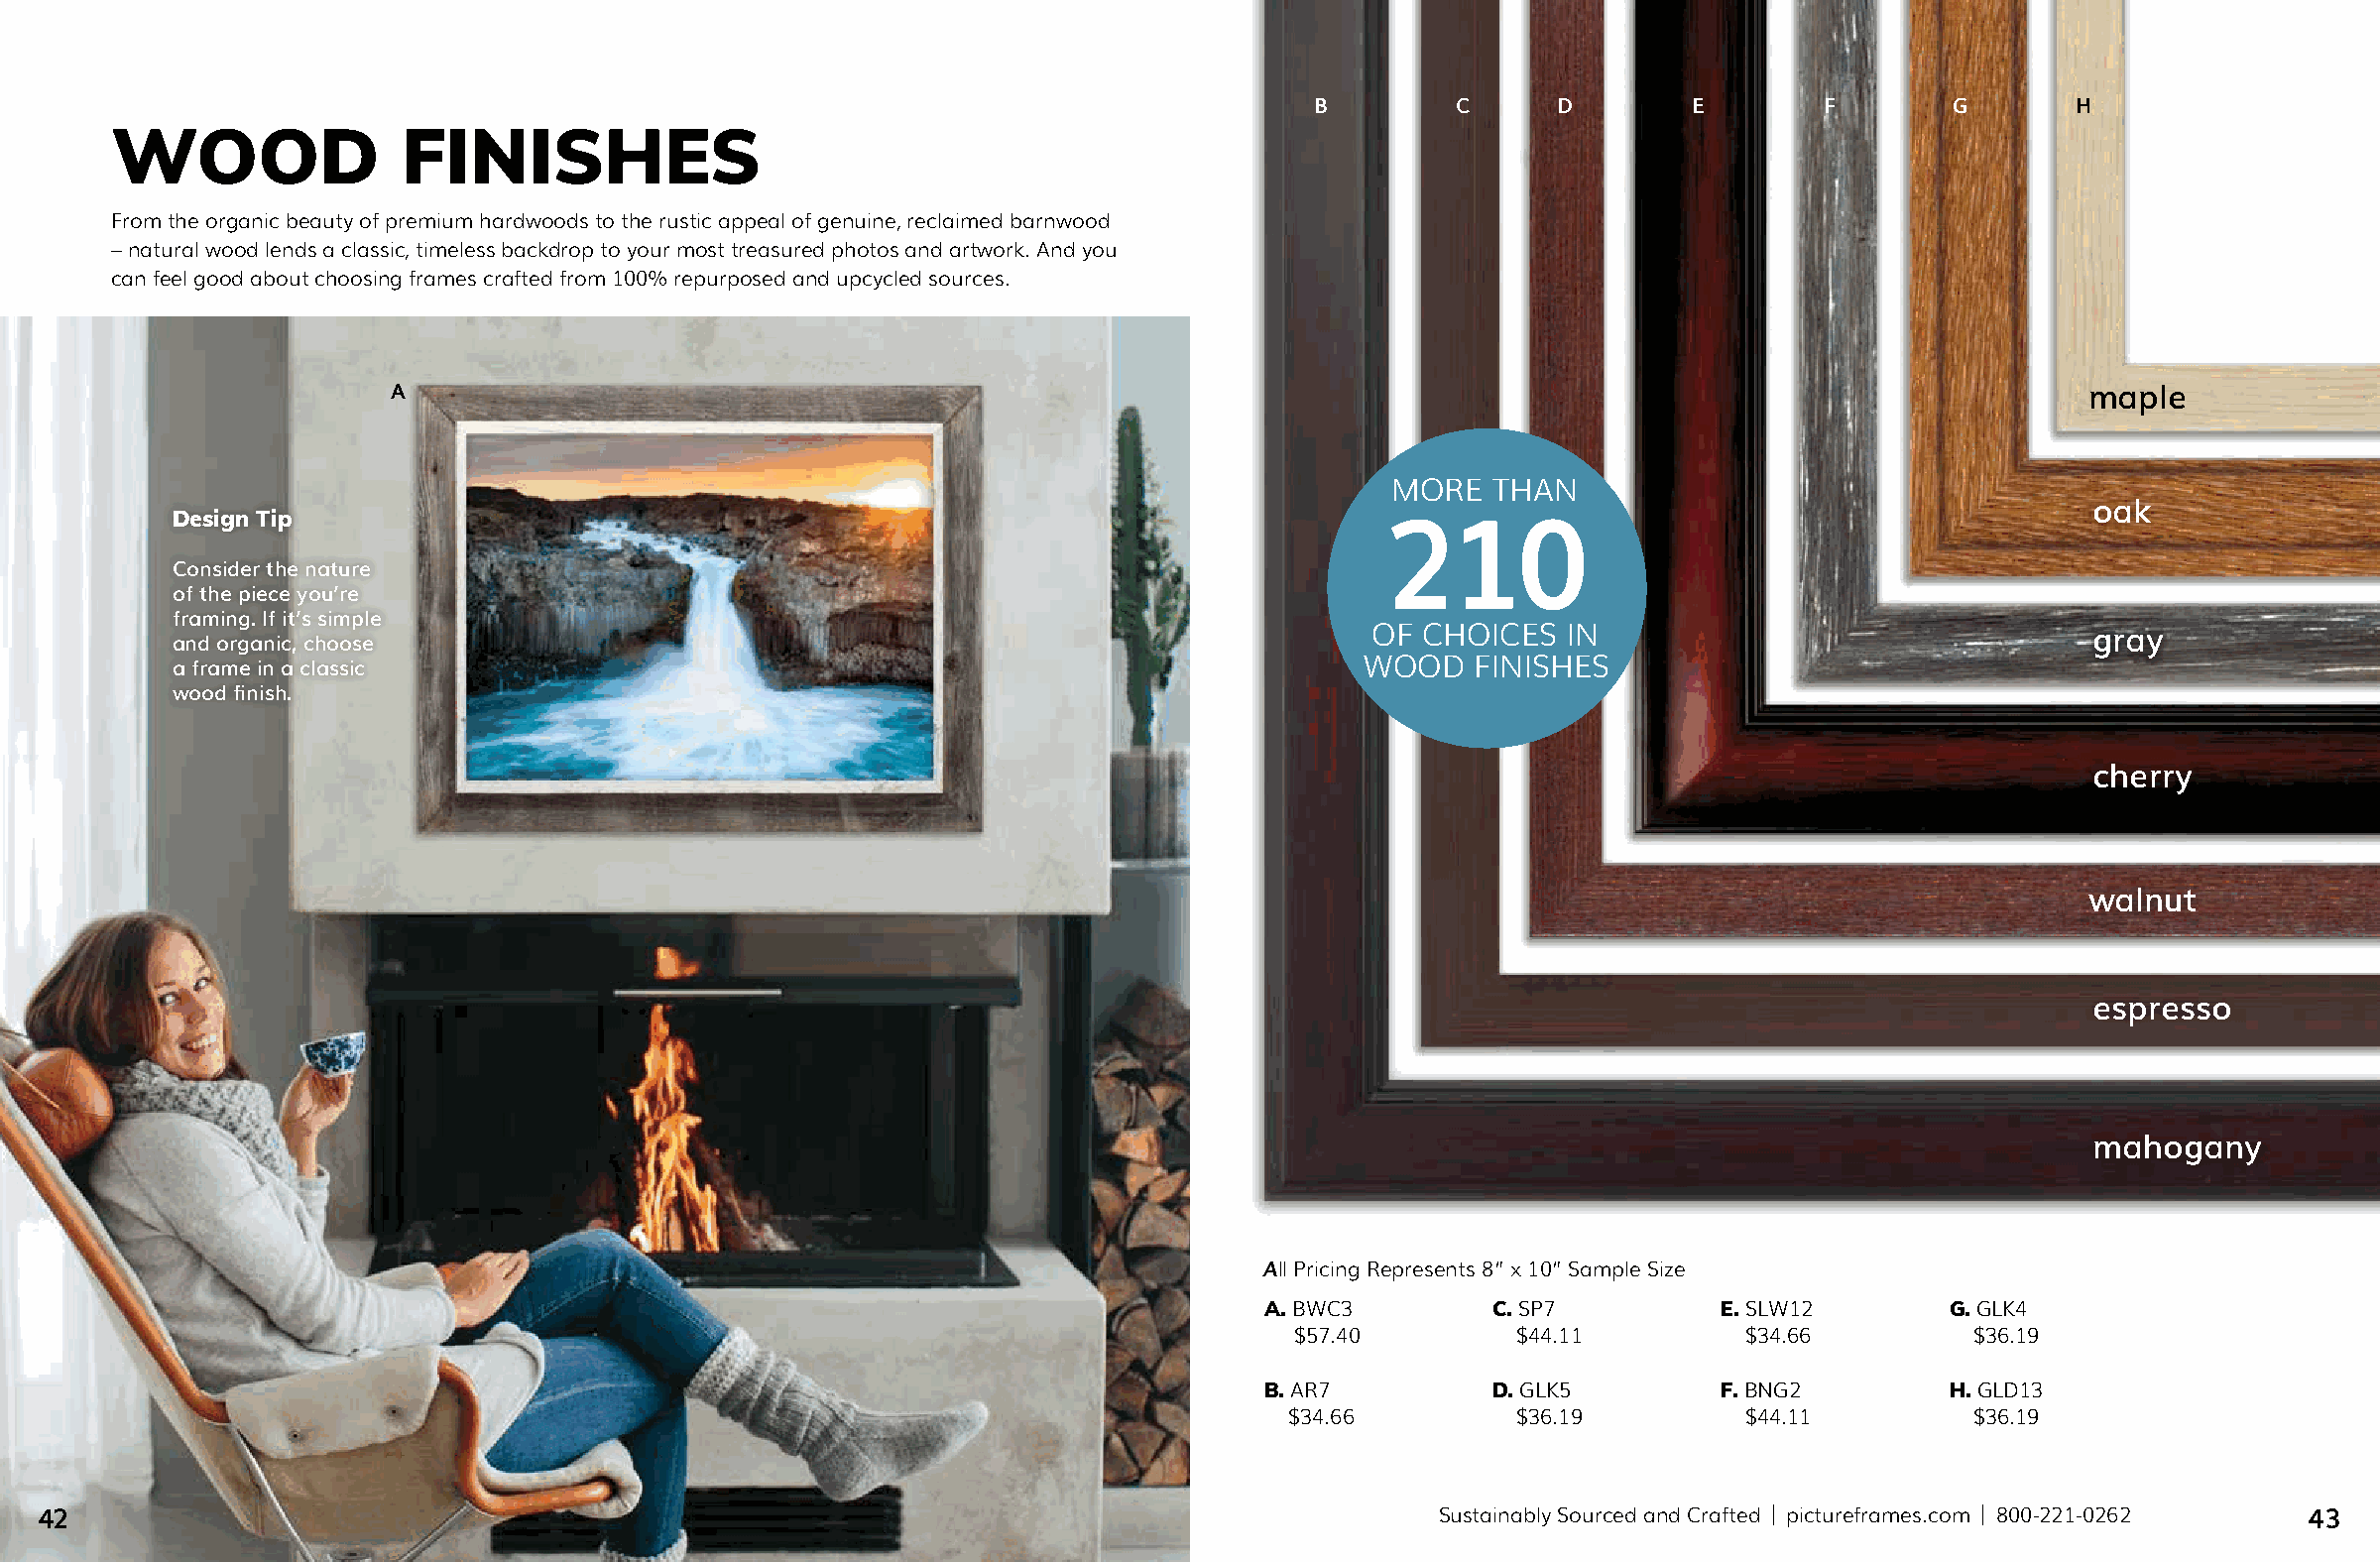
B        C      D        E        F       G        H
 WOOD                FINISHES
 From the organic beauty of premium hardwoods to the rustic appeal of genuine, reclaimed barnwood
 – natural wood lends a classic, timeless backdrop to your most treasured photos and artwork. And you
 can feel good about choosing frames crafted from 100% repurposed and upcycled sources.
 A                                                                                                                maple
 MORE   THAN
 oak
 Design Tip
 210
 Consider the nature
 of the piece you’re
 framing. If it’s simple
 OF CHOICES   IN                                 gray
 and organic, choose
 a frame in a classic                                                           WOOD   FINISHES
 wood finish.
 cherry
 walnut
 espresso
 mahogany
 All Pricing Represents 8” x 10” Sample Size
 A. BWC3         C. SP7         E. SLW12       G. GLK4
 $57.40         $44.11          $34.66         $36.19
 B. AR7          D. GLK5        F. BNG2        H. GLD13
 $34.66         $36.19          $44.11         $36.19
 42                                                                                            Sustainably Sourced and Crafted | pictureframes.com | 800-221-0262 43